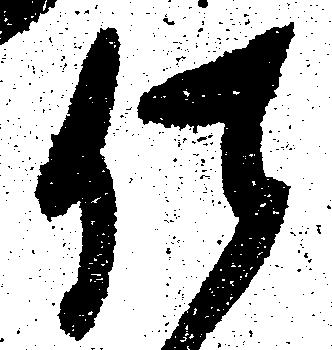
仕